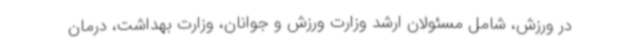
در ورزش، شامل مسئولان ارشد وزارت ورزش و جوانان، وزارت بهداشت، درمان